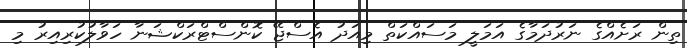
ތިން ރަށެއްގެ ނަރުދަމާގެ އަމަލީ މަސައްކަތް މިއަދު އެސްޖޭ ކޮންސްޓްރަކްޝަނާ ހަވާލުކުރިއިރު މި